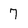
Character: 7